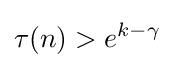
\tau (n)>e^{k-\gamma }